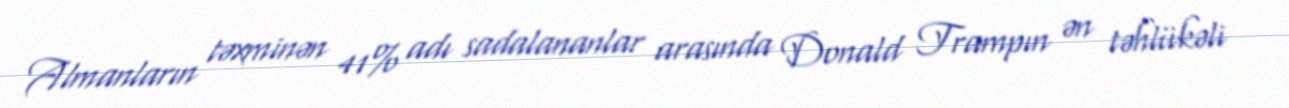
Almanların təxminən 41% adı sadalananlar arasında Donald Trampın ən təhlükəli